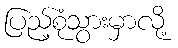
ပြည့်စုံသွားမှာလို့